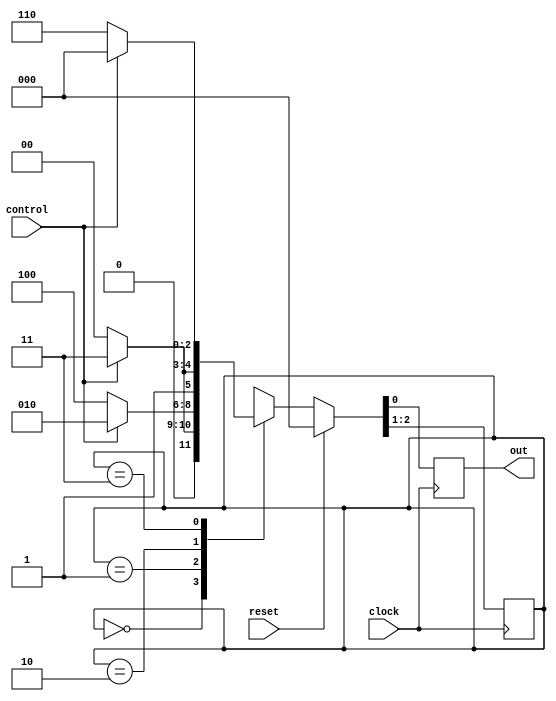
`timescale 1ns / 1ps
//////////////////////////////////////////////////////////////////////////////////
// Company: 
// Engineer: 
// 
// Design Name: 
// Module Name: mealy_machine_hw1Switch
// Project Name: 
// Target Devices: 
// Tool Versions: 
// Description: 
// 
// Dependencies: 
// 
// Revision:
// Revision 0.01 - File Created
// Additional Comments:
// 
//////////////////////////////////////////////////////////////////////////////////


module mealy_machine_hw1Switch(
        input clock,
        input reset,
        input control,
        output reg out
    );
    
    reg [1:0] state = 0;
    
    initial begin
        out = 0;
    end
    
    always @ (posedge clock) begin
        if(reset)
            {state, out} <= 0;
        else
            begin
                case (state)
                    0: if(control)      {state, out} <= {2'b01, 1'b1};
                        else            {state, out} <= {2'b00, 1'b0};
                    1: if(control)      {state, out} <= {2'b01, 1'b0};
                        else            {state, out} <= {2'b10, 1'b0};
                    2: if(control)      {state, out} <= {2'b11, 1'b1};
                        else            {state, out} <= {2'b10, 1'b0};
                    3: if(control)      {state, out} <= {2'b00, 1'b0};
                        else            {state, out} <= {2'b11, 1'b0};
                endcase
            end
    end
    
endmodule